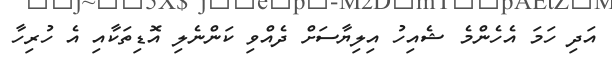
އަދި ހަމަ އެހެންމެ ޝެއިހު އިލިޔާސަށް ދެއްވި ކަންނެލި އޮޑިތަކާއި އެ ހުރިހާ